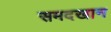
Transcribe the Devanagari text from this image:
समदखान